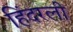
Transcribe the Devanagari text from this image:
हिंदरली